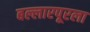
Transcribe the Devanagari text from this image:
बल्लारपूरला